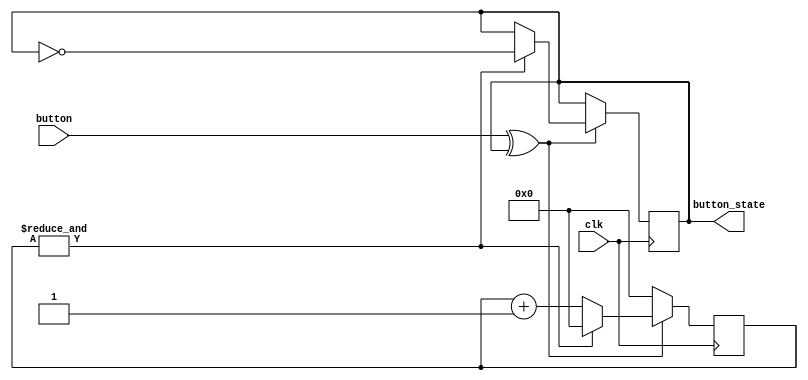
module debouncer(
	input clk, 
	input button, 
	output reg button_state
);
	reg [5:0] counter;
	wire change_state = button ^ button_state;	
	wire max_cnt = &counter;
	
	initial begin
		counter <= 0;
		button_state <= 0;
	end
	
	always @(posedge clk)
	begin
		if(change_state) begin
			counter <= counter + 1'b1;
			if(max_cnt)  begin
				counter <= 0;
				button_state <= ~button_state;
			end
		end		
		else
			counter <= 0;
	end
endmodule